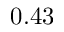
0 . 4 3